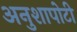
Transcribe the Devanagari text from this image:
अनुशापोटी